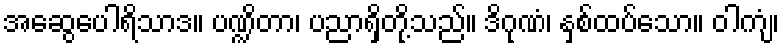
အဆွေပေါရိသာဒ။ ပဏ္ဍိတာ၊ ပညာရှိတို့သည်။ ဒိဂုဏံ၊ နှစ်ထပ်သော။ ဝါကျံ၊